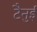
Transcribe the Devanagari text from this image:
टैनुई